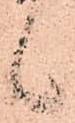
候